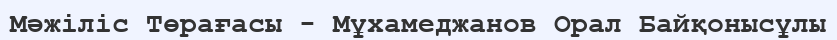
Мәжіліс Төрағасы - Мұхамеджанов Орал Байқонысұлы